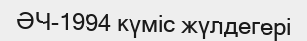
ӘЧ-1994 күміс жүлдегері